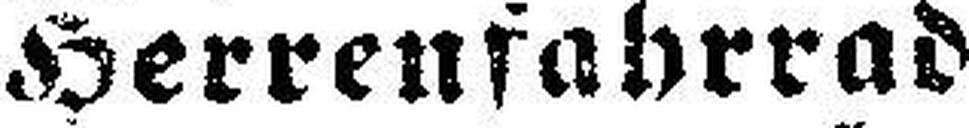
Herrenfahrrad